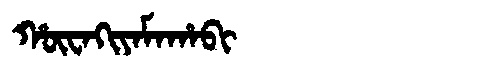
Manchu: ᡥᡡᠸᠠᡴᡳᠶᠠᠮᠠᡥᠠᠪᡳ
Romanization: HŪWAKIYAMAHABI